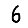
Digit: 6